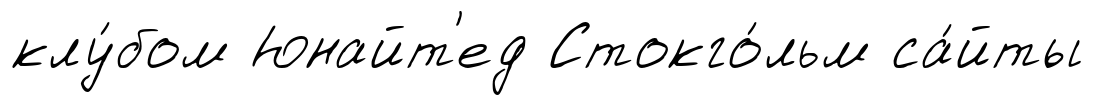
клу́бом Юнайт'ед Стокго́льм са́йты